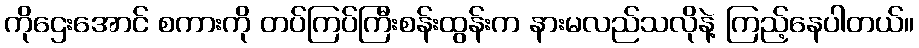
ကိုဌေးအောင် စကားကို တပ်ကြပ်ကြီးစန်းထွန်းက နားမလည်သလိုနဲ့ ကြည့်နေပါတယ်။